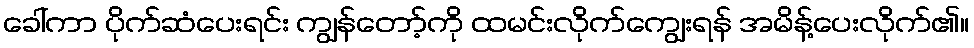
ခေါ်ကာ ပိုက်ဆံပေးရင်း ကျွန်တော့်ကို ထမင်းလိုက်ကျွေးရန် အမိန့်ပေးလိုက်၏။